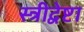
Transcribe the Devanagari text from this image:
स्त्रीद्वेष्टा